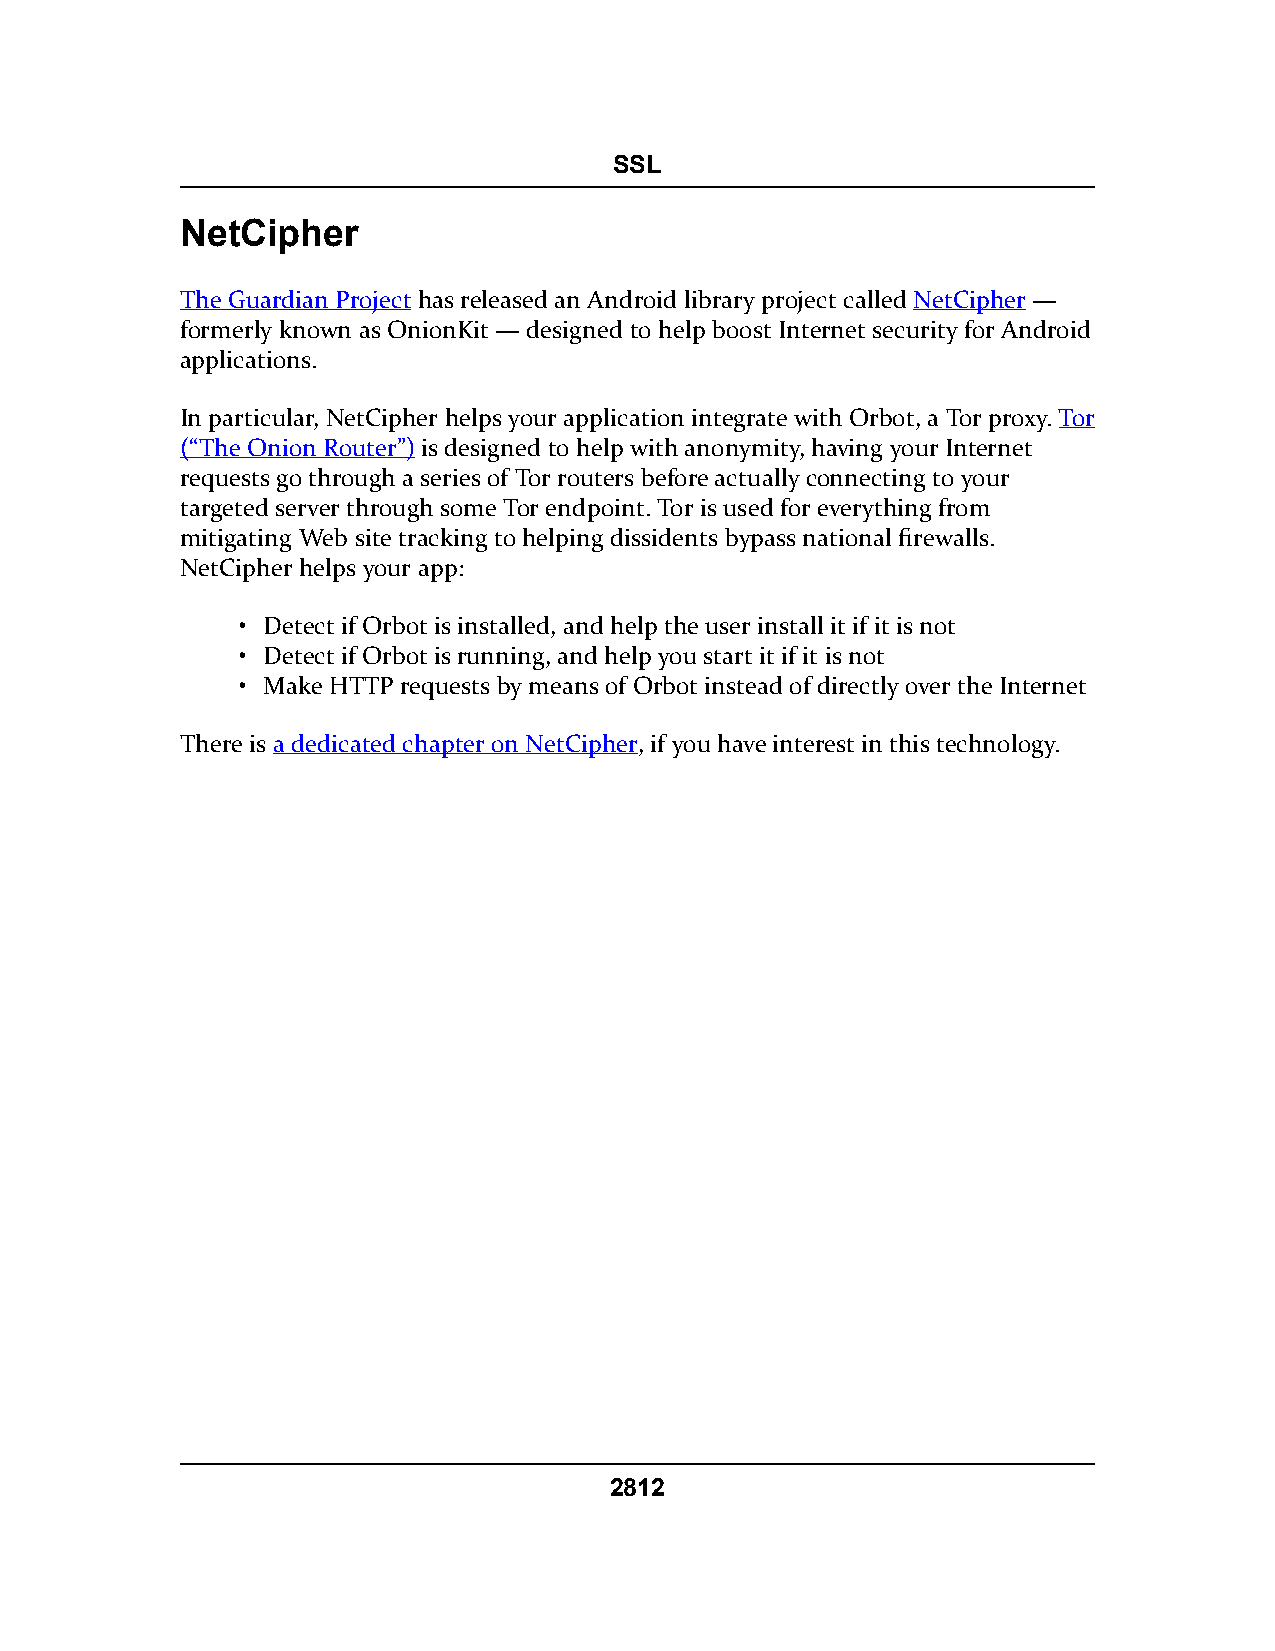
SSL
 NetCipher
 The Guardian Project has released an Android library project called NetCipher —
 formerly known as OnionKit — designed to help boost Internet security for Android
 applications.
 In particular, NetCipher helps your application integrate with Orbot, a Tor proxy. Tor
 (“The Onion Router”) is designed to help with anonymity, having your Internet
 requests go through a series of Tor routers before actually connecting to your
 targeted server through some Tor endpoint. Tor is used for everything from
 mitigating Web site tracking to helping dissidents bypass national firewalls.
 NetCipher helps your app:
 • Detect if Orbot is installed, and help the user install it if it is not
 • Detect if Orbot is running, and help you start it if it is not
 • Make HTTP requests by means of Orbot instead of directly over the Internet
 There is a dedicated chapter on NetCipher, if you have interest in this technology.
 2812